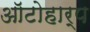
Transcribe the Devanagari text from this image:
ऑटोहार्प